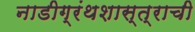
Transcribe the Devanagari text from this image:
नाडीग्रंथशास्त्राची